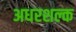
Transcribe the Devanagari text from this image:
अधरशल्क